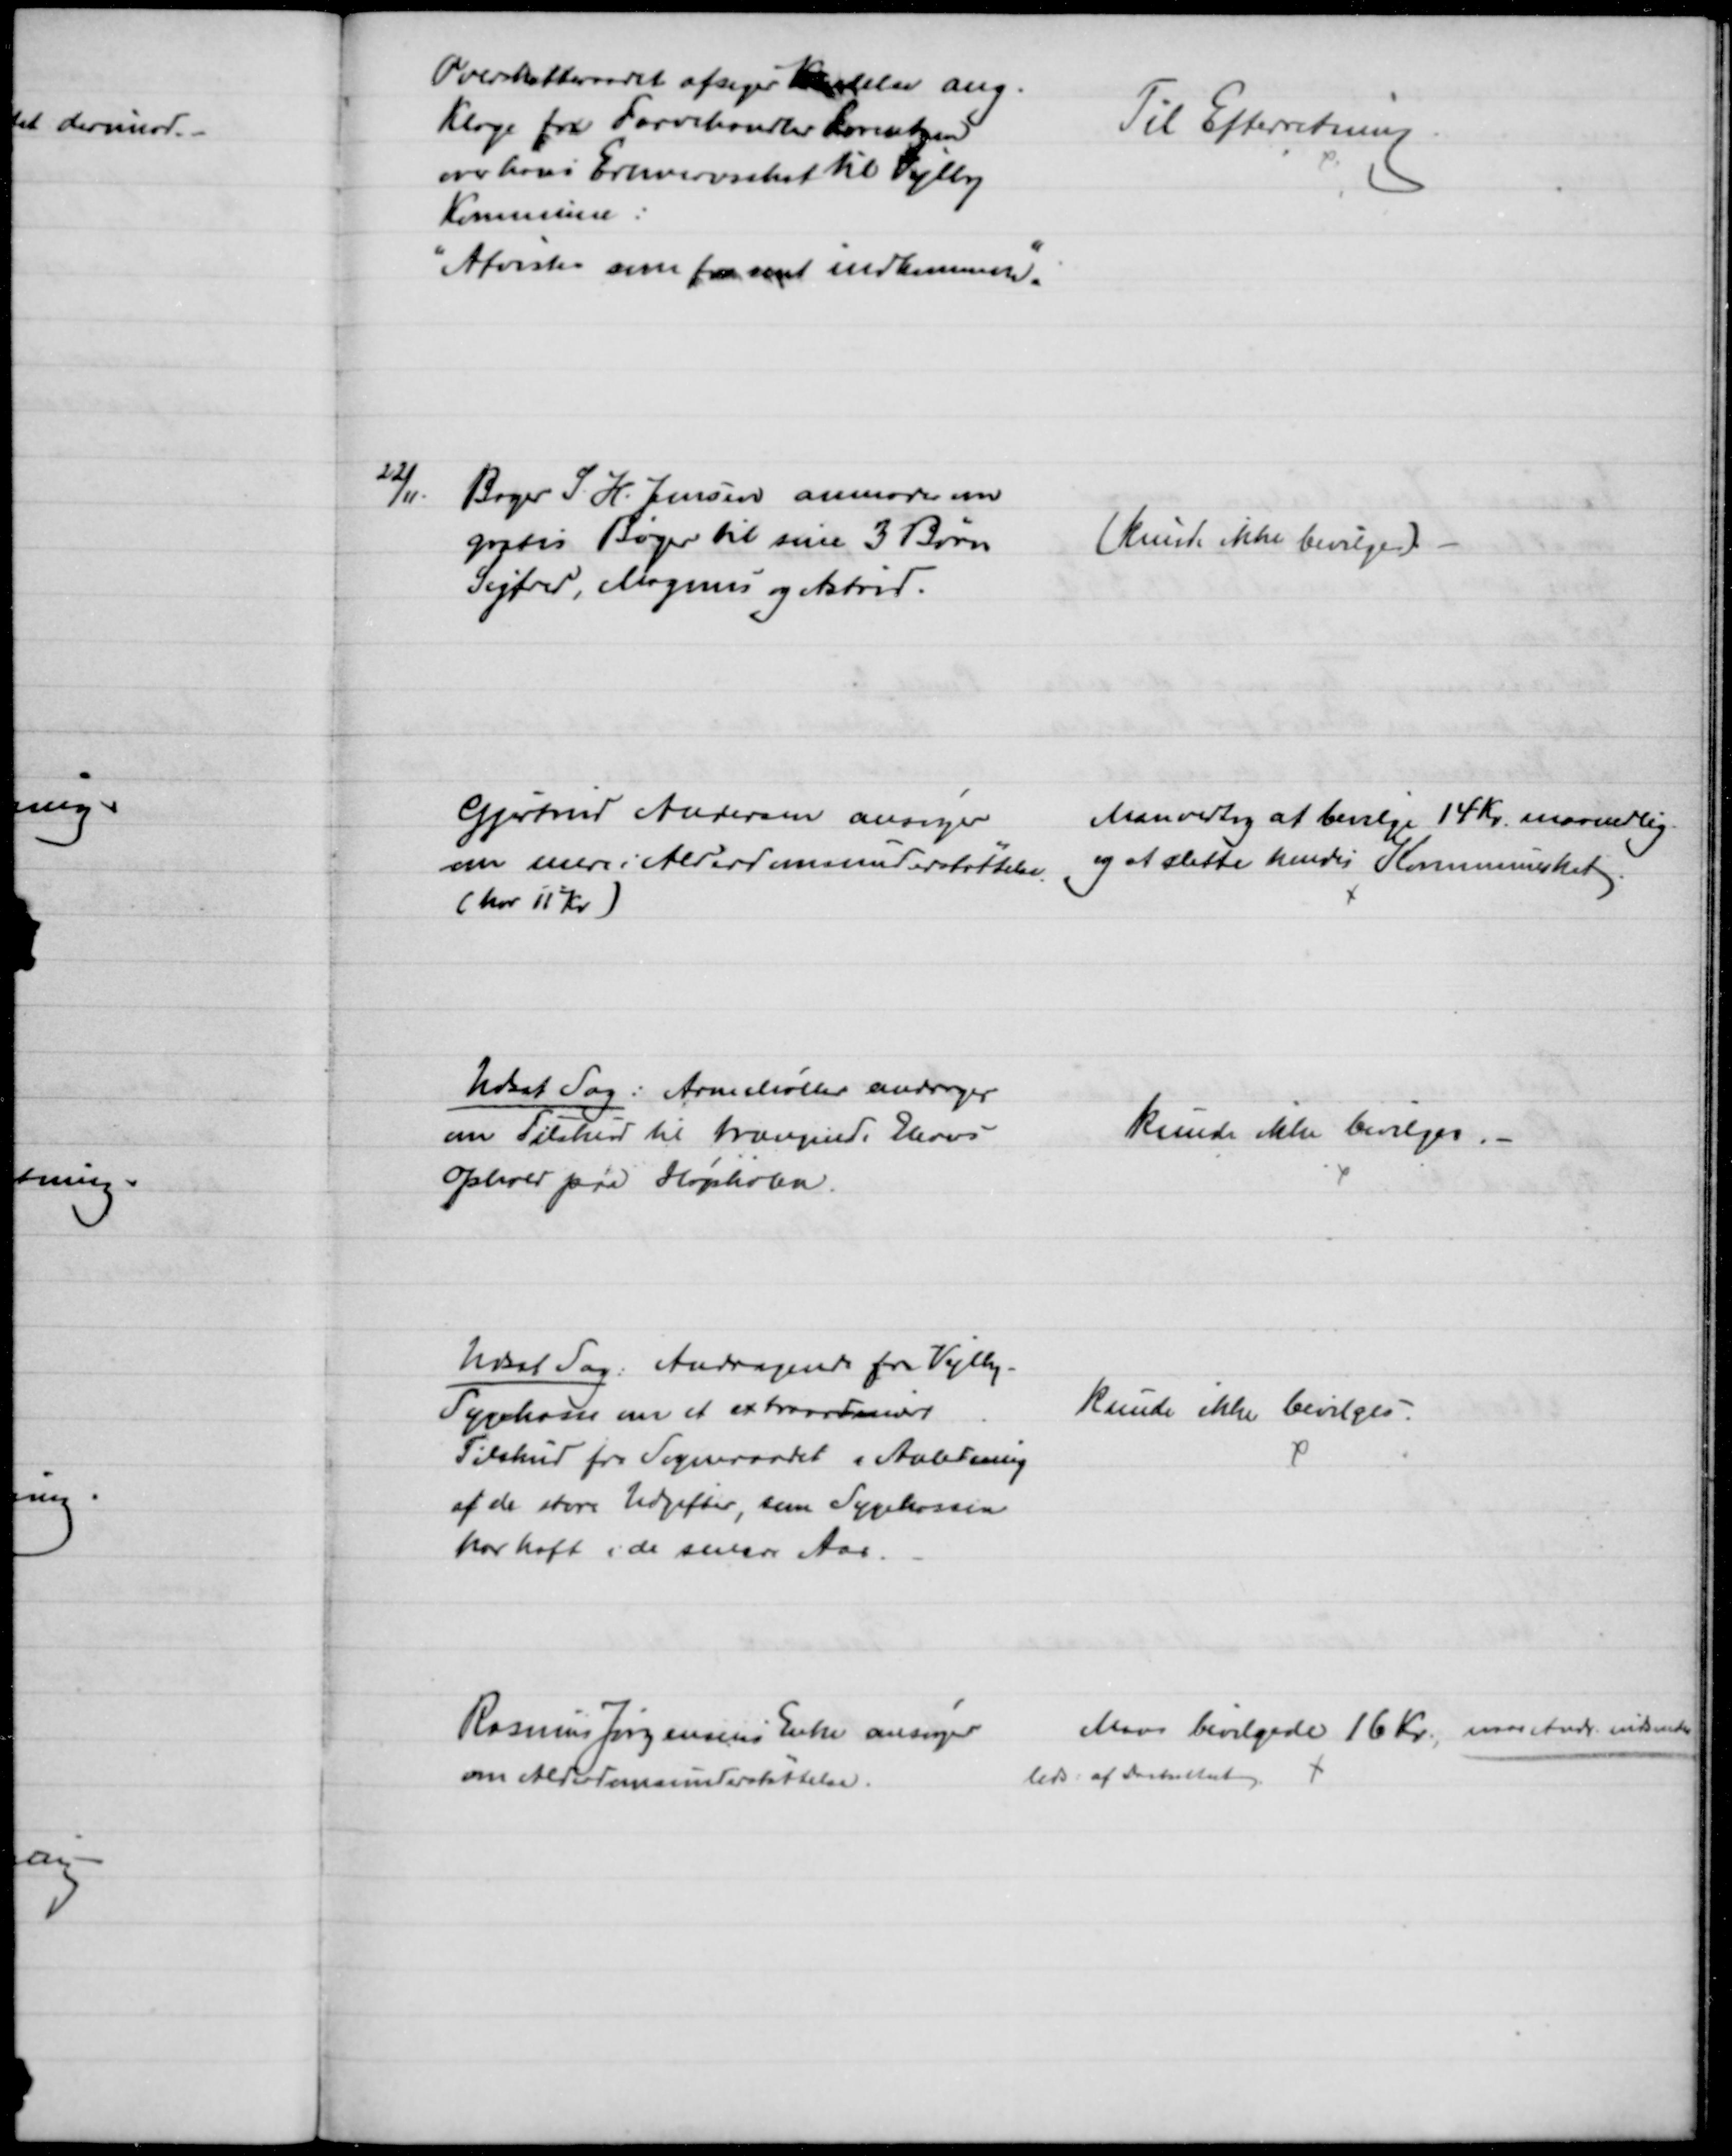
Transskription:
Overskatteraadet afsiger Kendelse ang.
Klage fra Farvehandler Lorentzen
over hans Erhvervsskat til Vejlby
Kommune:
"Afvistes som for sent indkommen."
Til Efterretning
22/11.
Bager S. H. Jensen anmoder om
gratis Bøger til sine 3 Børn
Sigfred, Magnus og Astrid.
(kunde ikke bevilges)
Gjertrud Andersen ansøger
om mere i Alderdomsunderstøttelse
(har 11 Kr)
Man vedtog at bevilge 14 Kr. maanedlig
og at slette hendes Kommuneskat
Udsat Sag: Arne Møller andrager
om Tilskud til trængende Elevers
Ophold paa Højskolen.
kunde ikke bevilges.
Udsat Sag: Andragende fra Vejlby
Sygekasse om et extraordinært
Tilskud fra Sogneraadet i Anledning
af de store Udgifter, som Sygekassen
har haft i de senere Aar.
kunde ikke bevilges.
Rasmus Jørgensens Enke ansøger
om Alderdomsunderstøttelse.
Man bevilgede 16 Kr., naar Andr indsende
 : af